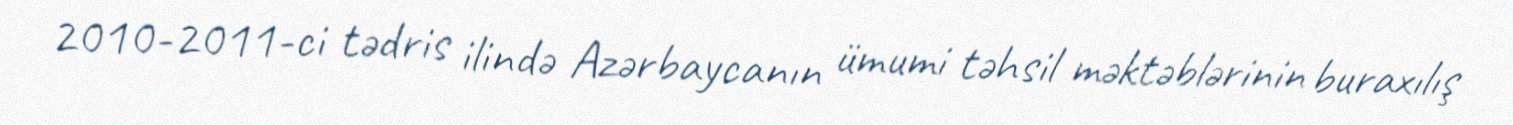
2010-2011-ci tədris ilində Azərbaycanın ümumi təhsil məktəblərinin buraxılış